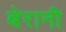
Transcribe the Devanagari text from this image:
बेरानी